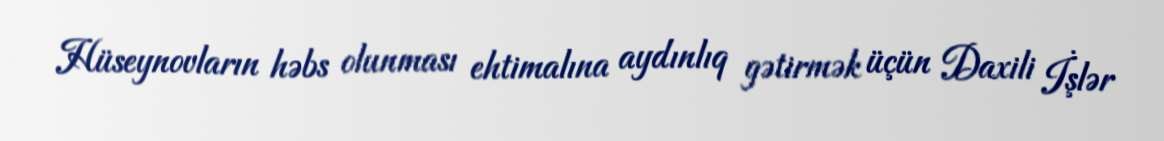
Hüseynovların həbs olunması ehtimalına aydınlıq gətirmək üçün Daxili İşlər